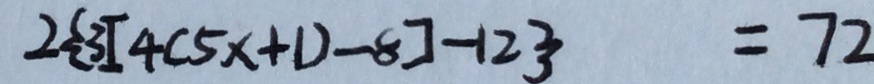
2 \{ 3 [ 4 ( 5 x + 1 ) - 8 ] - 1 2 \} = 7 2